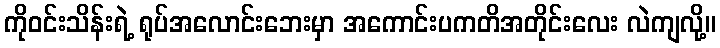
ကိုဝင်းသိန်းရဲ့ ရုပ်အလောင်းဘေးမှာ အကောင်းပကတိအတိုင်းလေး လဲကျလို့။